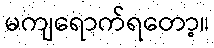
မကျရောက်ရတော့။